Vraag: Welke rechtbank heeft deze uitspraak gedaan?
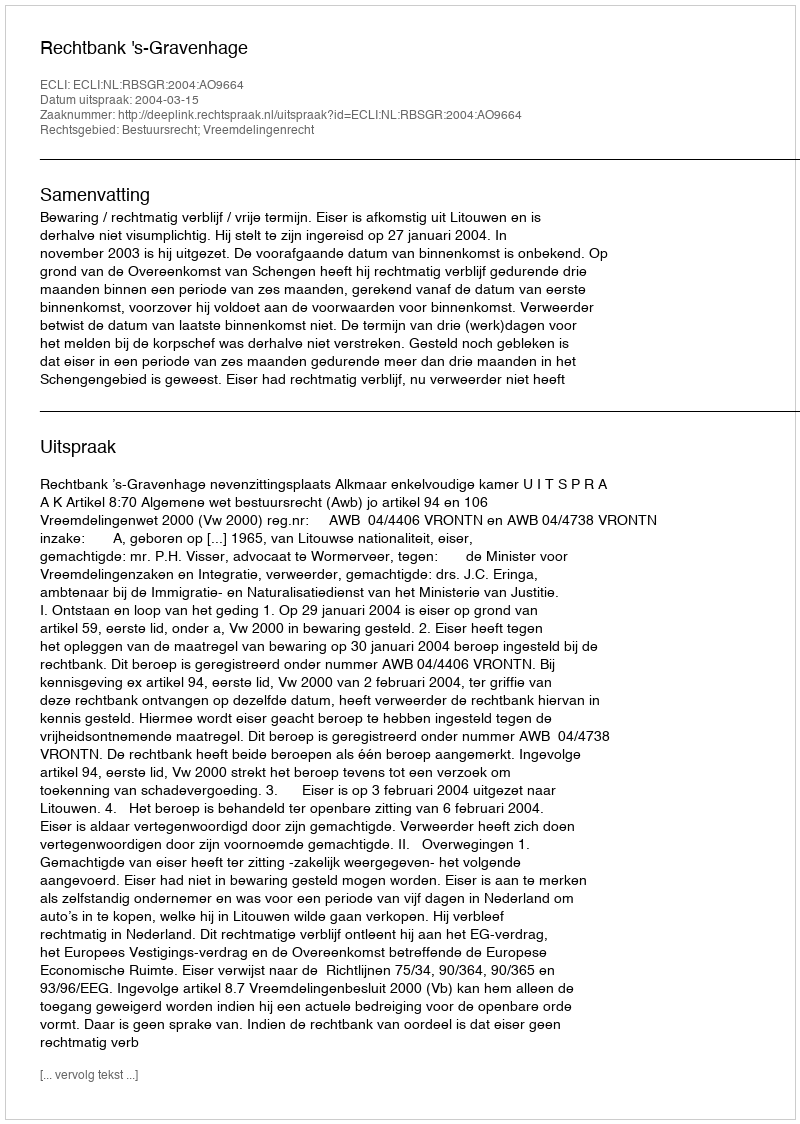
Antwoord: Rechtbank 's-Gravenhage